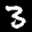
Label: 3